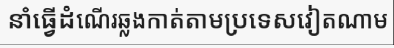
នាំធ្វើដំណើរឆ្លងកាត់តាមប្រទេសវៀតណាម